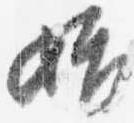
始